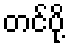
တင်ပို့